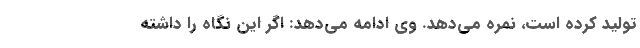
تولید کرده است، نمره می‌دهد. وی ادامه می‌دهد: اگر این نگاه را داشته